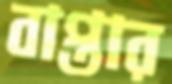
বাপ্তার